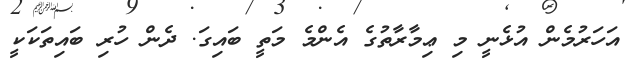
އަހަރުމެން އުޅެނީ މި ޢިމާރާތުގެ އެންމެ މަތީ ބައިގަ. ދެން ހުރި ބައިތަކަކީ